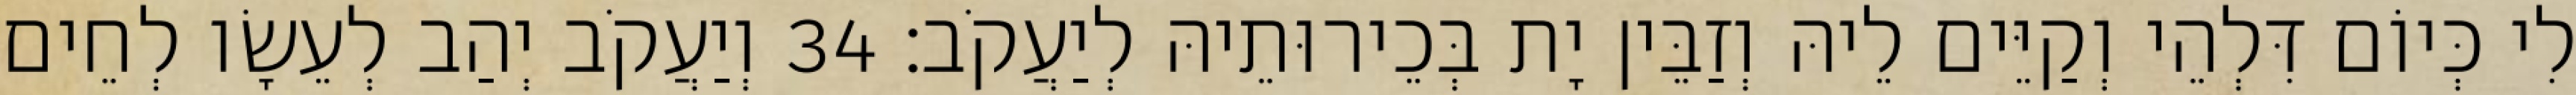
לִי כְּיוֹם דִּלְהֵי וְקַיֵּים לֵיהּ וְזַבֵּין יָת בְּכֵירוּתֵיהּ לְיַעֲקֹב׃ 34 וְיַעֲקֹב יְהַב לְעֵשָׂו לְחֵים